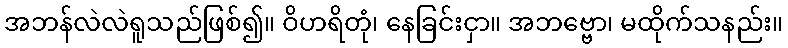
အဘန်လဲလဲရူသည်ဖြစ်၍။ ဝိဟရိတုံ၊ နေခြင်းငှာ။ အဘဗ္ဗော၊ မထိုက်သနည်း။